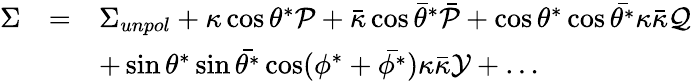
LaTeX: \begin{array}{rcl}{{\Sigma}}&{{=}}&{{\Sigma_{unpol}+\kappa\cos\theta^{*}{\cal P}+\bar{\kappa}\cos\bar{\theta}^{*}\bar{{\cal P}}+\cos\theta^{*}\cos\bar{\theta^{*}}\kappa\bar{\kappa}{\cal Q}}}\\ {{}}&{{}}&{{+\sin\theta^{*}\sin\bar{\theta^{*}}\cos(\phi^{*}+\bar{\phi^{*}})\kappa\bar{\kappa}{\cal Y}+\dots}}\end{array}